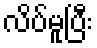
လိပ်မူပြီး